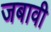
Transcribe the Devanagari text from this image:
जबावी